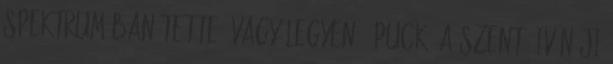
spektrumában tette. Vagy legyen Ő Puck, a szent- ivánéji